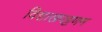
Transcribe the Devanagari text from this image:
विशाखपट्टणम